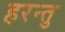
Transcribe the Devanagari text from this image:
हरन्तु